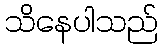
သိနေပါသည်